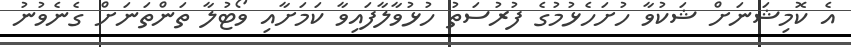
އެ ކޮމިޝަނަށް ޝަކުވާ ހުށަހެޅުމުގެ ފުރުސަތު ހުޅުވާލާފައިވާ ކަމަށާއި ވޯޓުލާ ތަންތަނަށް ގެނެވުނު